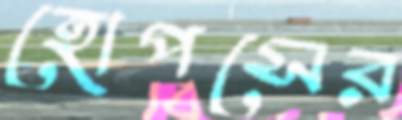
হোপসের